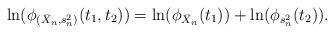
LaTeX: \begin{align*} \ln( \phi_{(\bar X_n,s_n^2)}(t_1, t_2) ) = \ln( \phi_{\bar X_n} (t_1) ) + \ln( \phi_{s_n^2}(t_2) ).\end{align*}